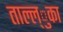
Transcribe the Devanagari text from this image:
ताल्ल्ुका